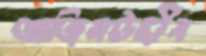
আজিমউদ্দীন